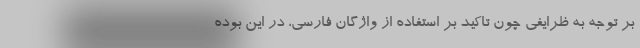
بر توجه به ظرایفی چون تاکید بر استفاده از واژگان فارسی، در این بوده